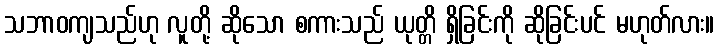
သဘာဝကျသည်ဟု လူတို့ ဆိုသော စကားသည် ယုတ္တိ ရှိခြင်းကို ဆိုခြင်းပင် မဟုတ်လား။